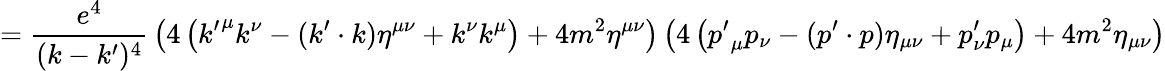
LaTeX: ={\frac{e^{4}}{(k-k^{\prime})^{4}}}\left(4\left({k^{\prime}}^{\mu}k^{\nu}-(k^{\prime}\cdot k)\eta^{\mu\nu}+k^{\nu}k^{\mu}\right)+4m^{2}\eta^{\mu\nu}\right)\left(4\left({p^{\prime}}_{\mu}p_{\nu}-(p^{\prime}\cdot p)\eta_{\mu\nu}+p_{\nu}^{\prime}p_{\mu}\right)+4m^{2}\eta_{\mu\nu}\right)